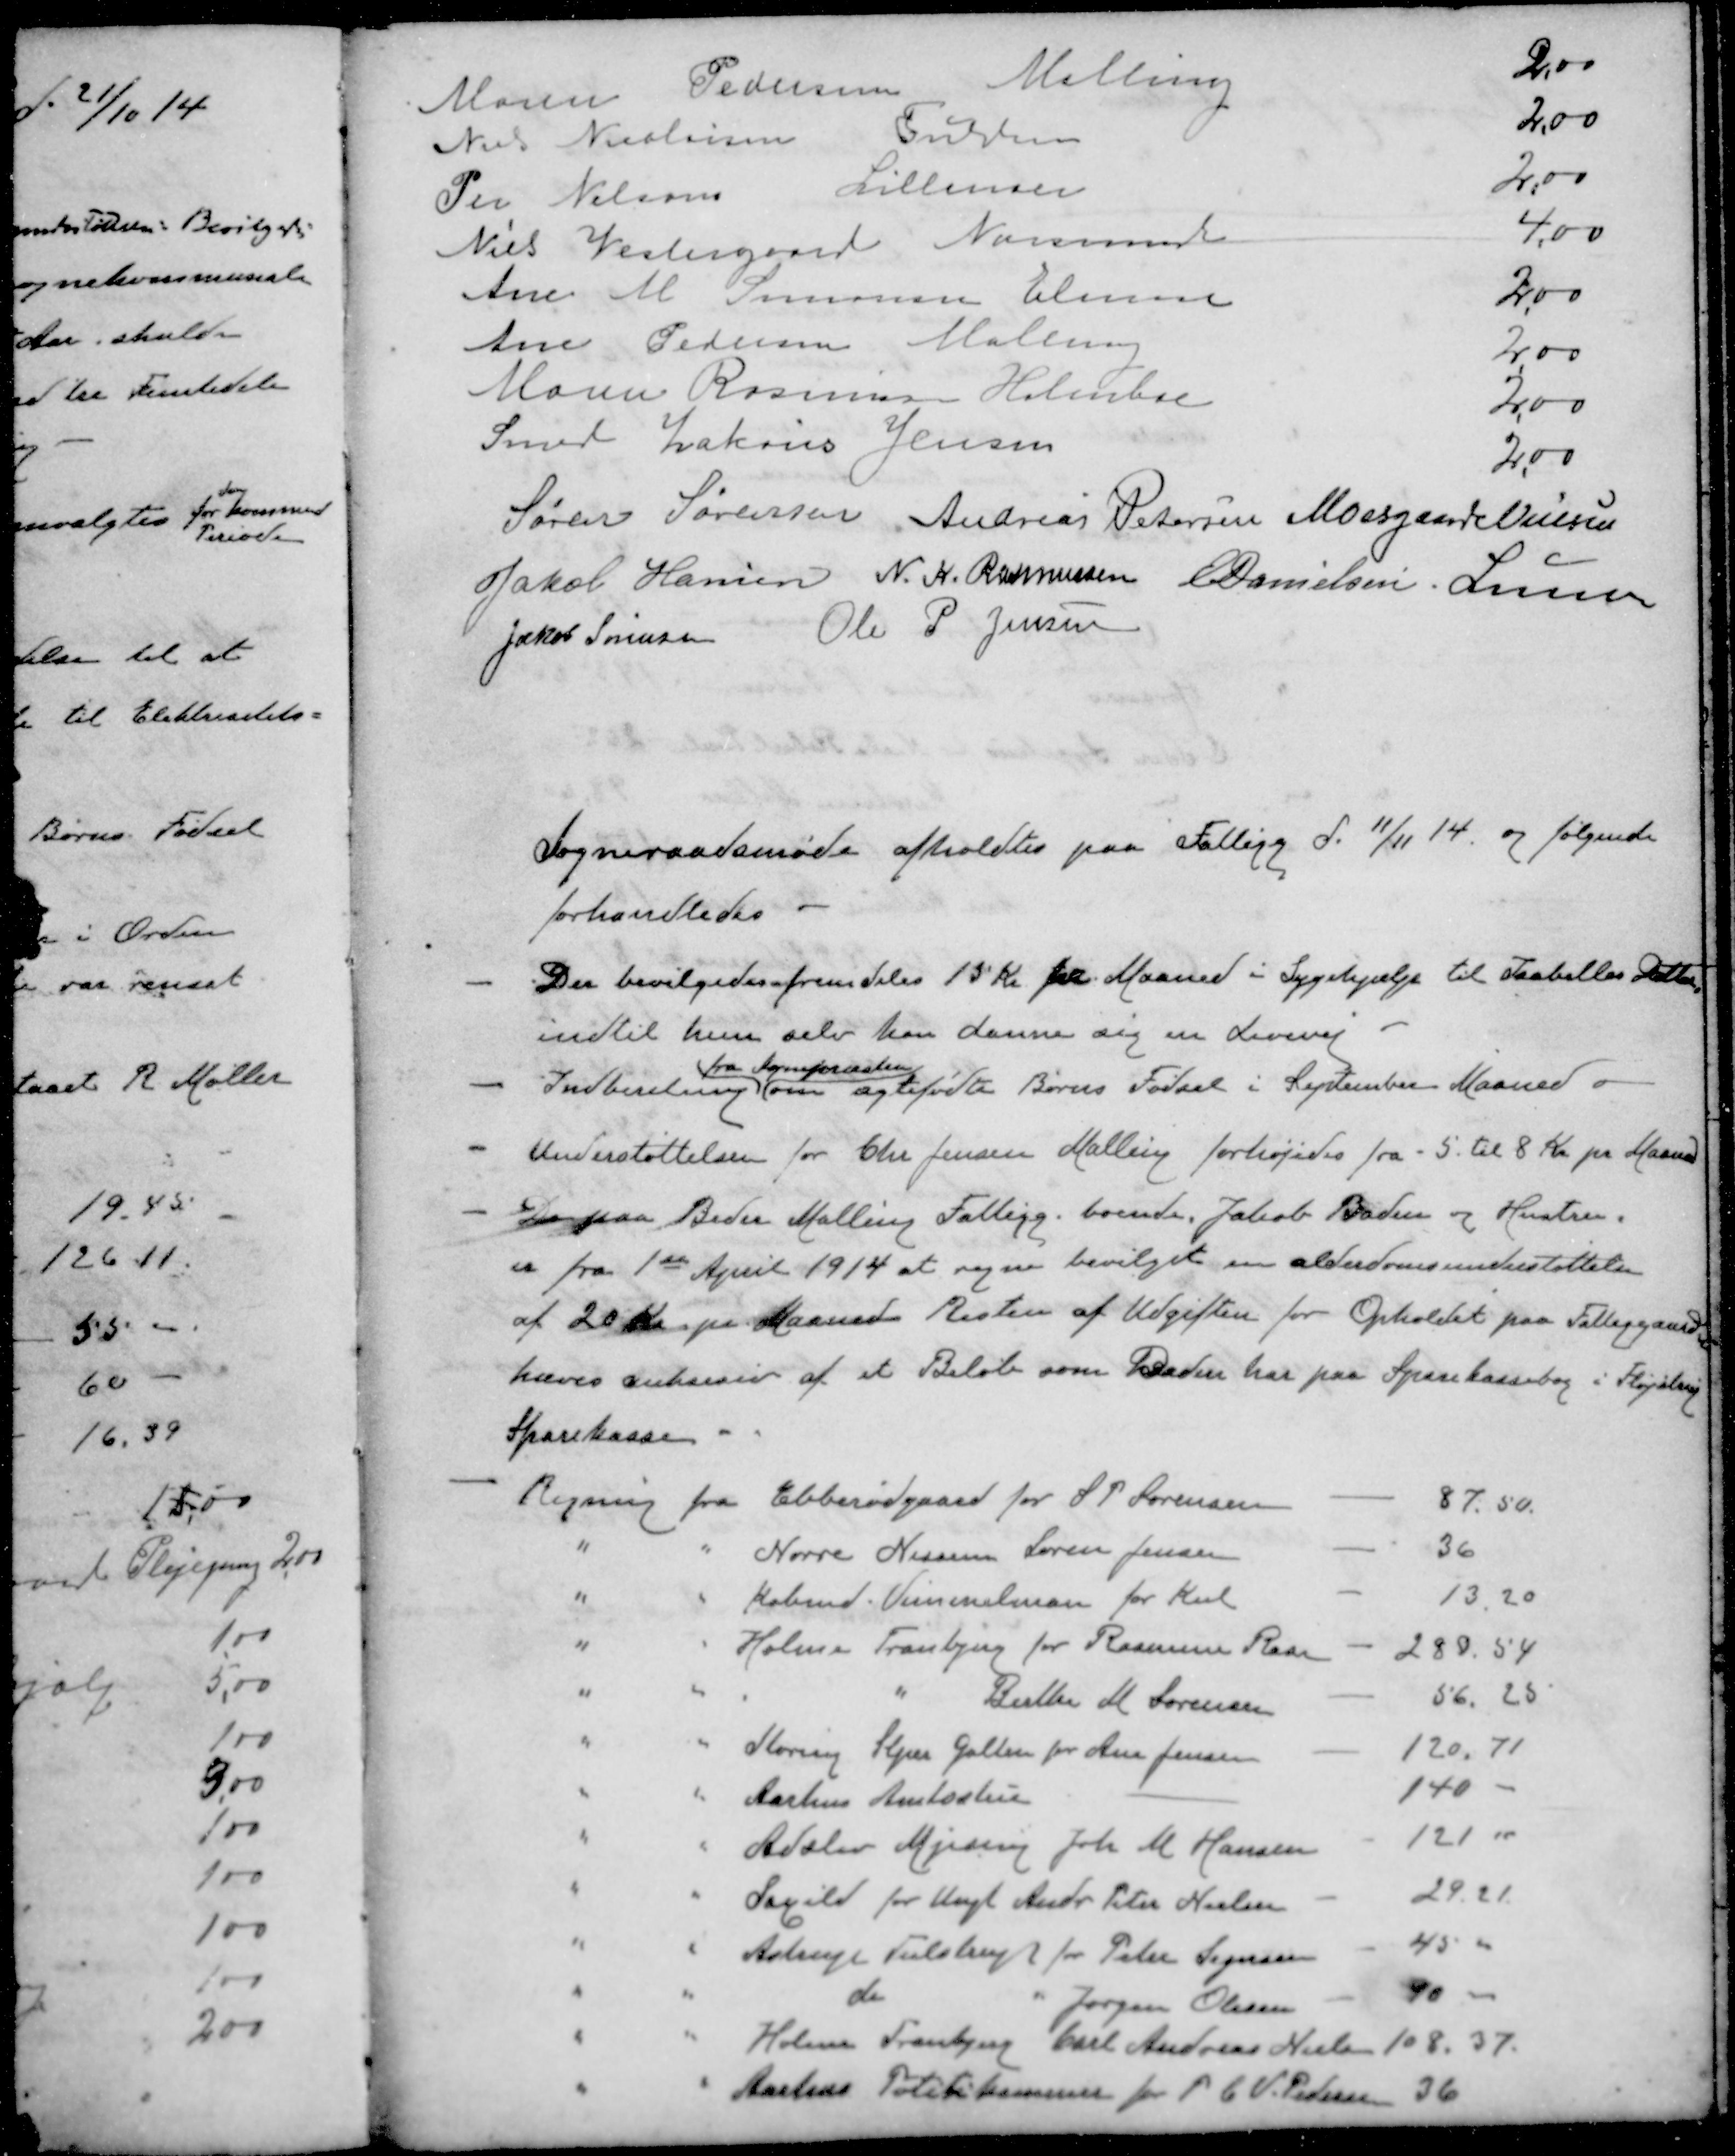
Transskription:
Maren Pedersen Malling
2,00
Niels Nielsen Fulden
2,00
Per Nielsens Lillenoer
2,00
Niels Vestergaard Norsminde
4,00
Ane M. Simonsen Elmose
2,00
Ane Pedersen Malling
2,00
Marie Rasmussen Holmboe
2,00
Smed Zakrias Jensen
2,00
Søren Sørensen
Andreas Petersen
Moesgaard Nielsen
Jakob Hansen
N. K. Rasmussen
E Danielsen
Lunn
Jakob Sørensen
Ole P Jensen
Sogneraadsmøde afholdtes paa Fattigg d. 11/11 14 og følgende
forhandledes
- Der bevilgedes fremdeles 15 Kr pr Maaned i Sygehjælp til Isabellas Datter
indtil hun selv kan danne sig en Levevej
fra Sognepræsten
- Indberetning om ægtefødte Børns Fødsel i September Maaned
- Understøttelsen for Chr Jensen Malling forhøjedes fra - 5. til 8 Kr pr Maaned
- De paa Beder Malling Fattigg. boende, Jakob Baden og Hustru.
er fra 1ste April 1914 at regne bevilget en alderdomsunderstøttelse
af 20 Kr pr Maaned Resten af Udgiften for Opholdet paa Fattiggaarden
hæves cuksesiv af et Beløb som Baden har paa Sparekassebog i Fløjstrup
Sparekasse
- Regning fra Ebberødgaard for S P Sørensen - 87,50
" " Nørre Nissen Søren Jensen - 36
" " Købmd. Vimmelman for Kul - 13,20
" " Holme Tranbjerg for Rasmine Rasm 280,54
" " " " Birthe M. Sørensen - 56,25
" " Storring Stjær Galten for Ane Jensen - 120,71
" " Aarhus Amtsstue - 140 -
" " Adslev Mjesing Joh. M Hansen - 121,00
" " Saxild for Ungk Andr Peter Nielsen 29,21
" " Astrup Tulstrup for Peter Sejensen - 45 00
" " do " Jørgen Olesen - 90 00
" " Holme Tranbjerg Carl Andreas Nielsen 108, 37
" "  Aarhus Politikammer for P. C. V. Pedersen 36